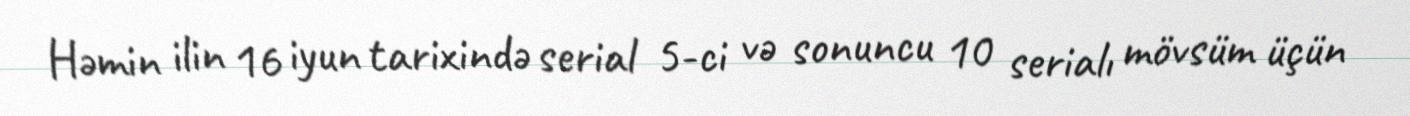
Həmin ilin 16 iyun tarixində serial 5-ci və sonuncu 10 serialı mövsüm üçün